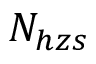
N _ { h z s }